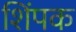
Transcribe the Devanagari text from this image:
शिंपक